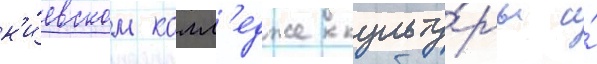
к'и́евском колл'едже культу́ры и́